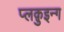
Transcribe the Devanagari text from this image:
प्लक़ुइन्ग